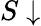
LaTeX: S\downarrow